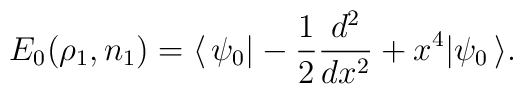
E_0(\rho_1,n_1) =        \langle \, \psi_{0} | - \frac{1}{2} \frac{d^2}{dx^2} +   x^4 |        \psi_{0} \, \rangle.